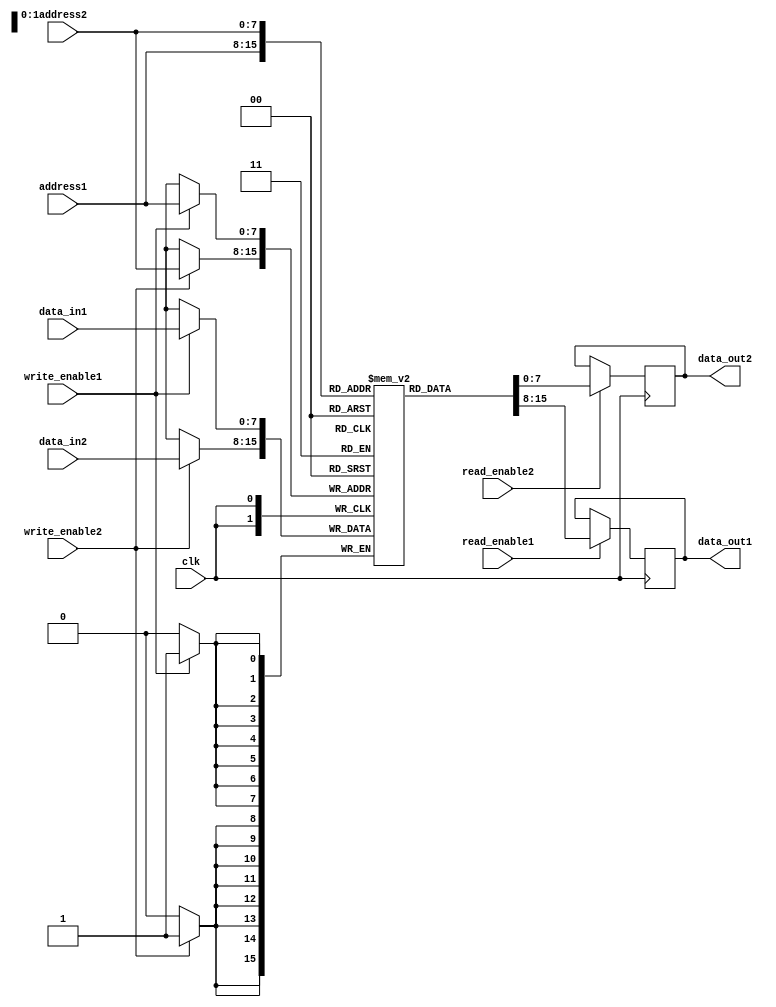
module dual_port_RAM (
    input wire clk,
    input wire [7:0] address1,
    input wire [7:0] address2,
    input wire [7:0] data_in1,
    input wire [7:0] data_in2,
    input wire write_enable1,
    input wire write_enable2,
    input wire read_enable1,
    input wire read_enable2,
    output reg [7:0] data_out1,
    output reg [7:0] data_out2
);

reg [7:0] memory [255:0];

always @(posedge clk) begin
    if (write_enable1) begin
        memory[address1] <= data_in1;
    end
    if (write_enable2) begin
        memory[address2] <= data_in2;
    end
    if (read_enable1) begin
        data_out1 <= memory[address1];
    end
    if (read_enable2) begin
        data_out2 <= memory[address2];
    end
end

endmodule